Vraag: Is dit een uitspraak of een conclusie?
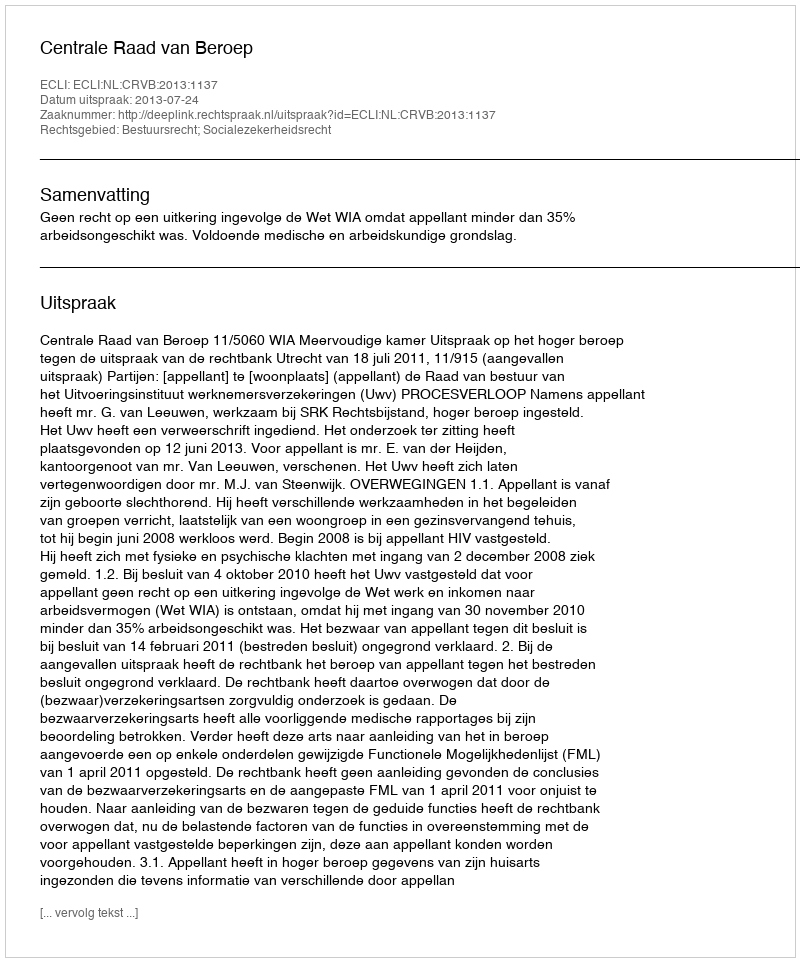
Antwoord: Uitspraak